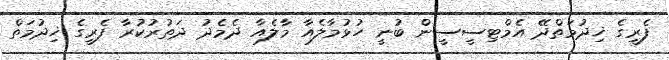
ފެރީގެ ޚިދުމަތްދޭ އެމްޓިސީސީން ބުނީ ހުޅުމާލެއާ މާލެއާ ދެމެދު ދަތުރުކުރާ ފެރީގެ ޚިދުމަތް